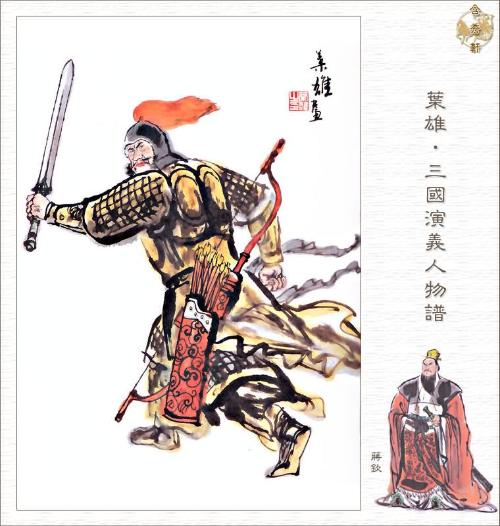
中心愿，平虏保民安国。